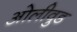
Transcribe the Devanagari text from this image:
ओलीवुड